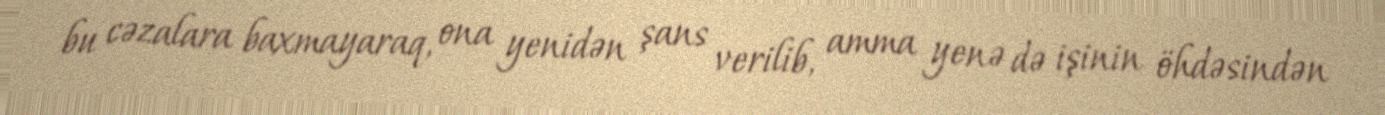
bu cəzalara baxmayaraq, ona yenidən şans verilib, amma yenə də işinin öhdəsindən